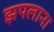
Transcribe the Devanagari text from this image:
झपलाना